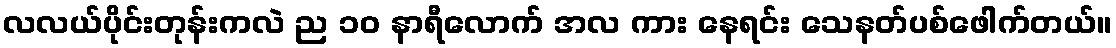
လလယ်ပိုင်းတုန်းကလဲ ည ၁၀ နာရီလောက် အလ ကား နေရင်း သေနတ်ပစ်ဖေါက်တယ်။